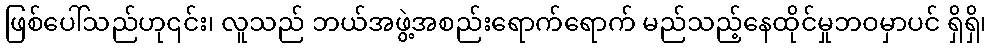
ဖြစ်ပေါ်သည်ဟု၎င်း၊ လူသည် ဘယ်အဖွဲ့အစည်းရောက်ရောက် မည်သည့်နေထိုင်မှုဘဝမှာပင် ရှိရှိ၊